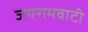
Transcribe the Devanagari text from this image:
जयरामवाटी